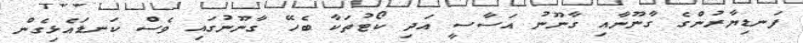
ފަނޑިޔާރުންގެ ގާނޫނާއި ގާނޫނު އަސާސީ އަދި ކޯޓުތަކާ ބެހޭ ގާނޫނުގައި ވެސް ކަނޑައެޅިގެން